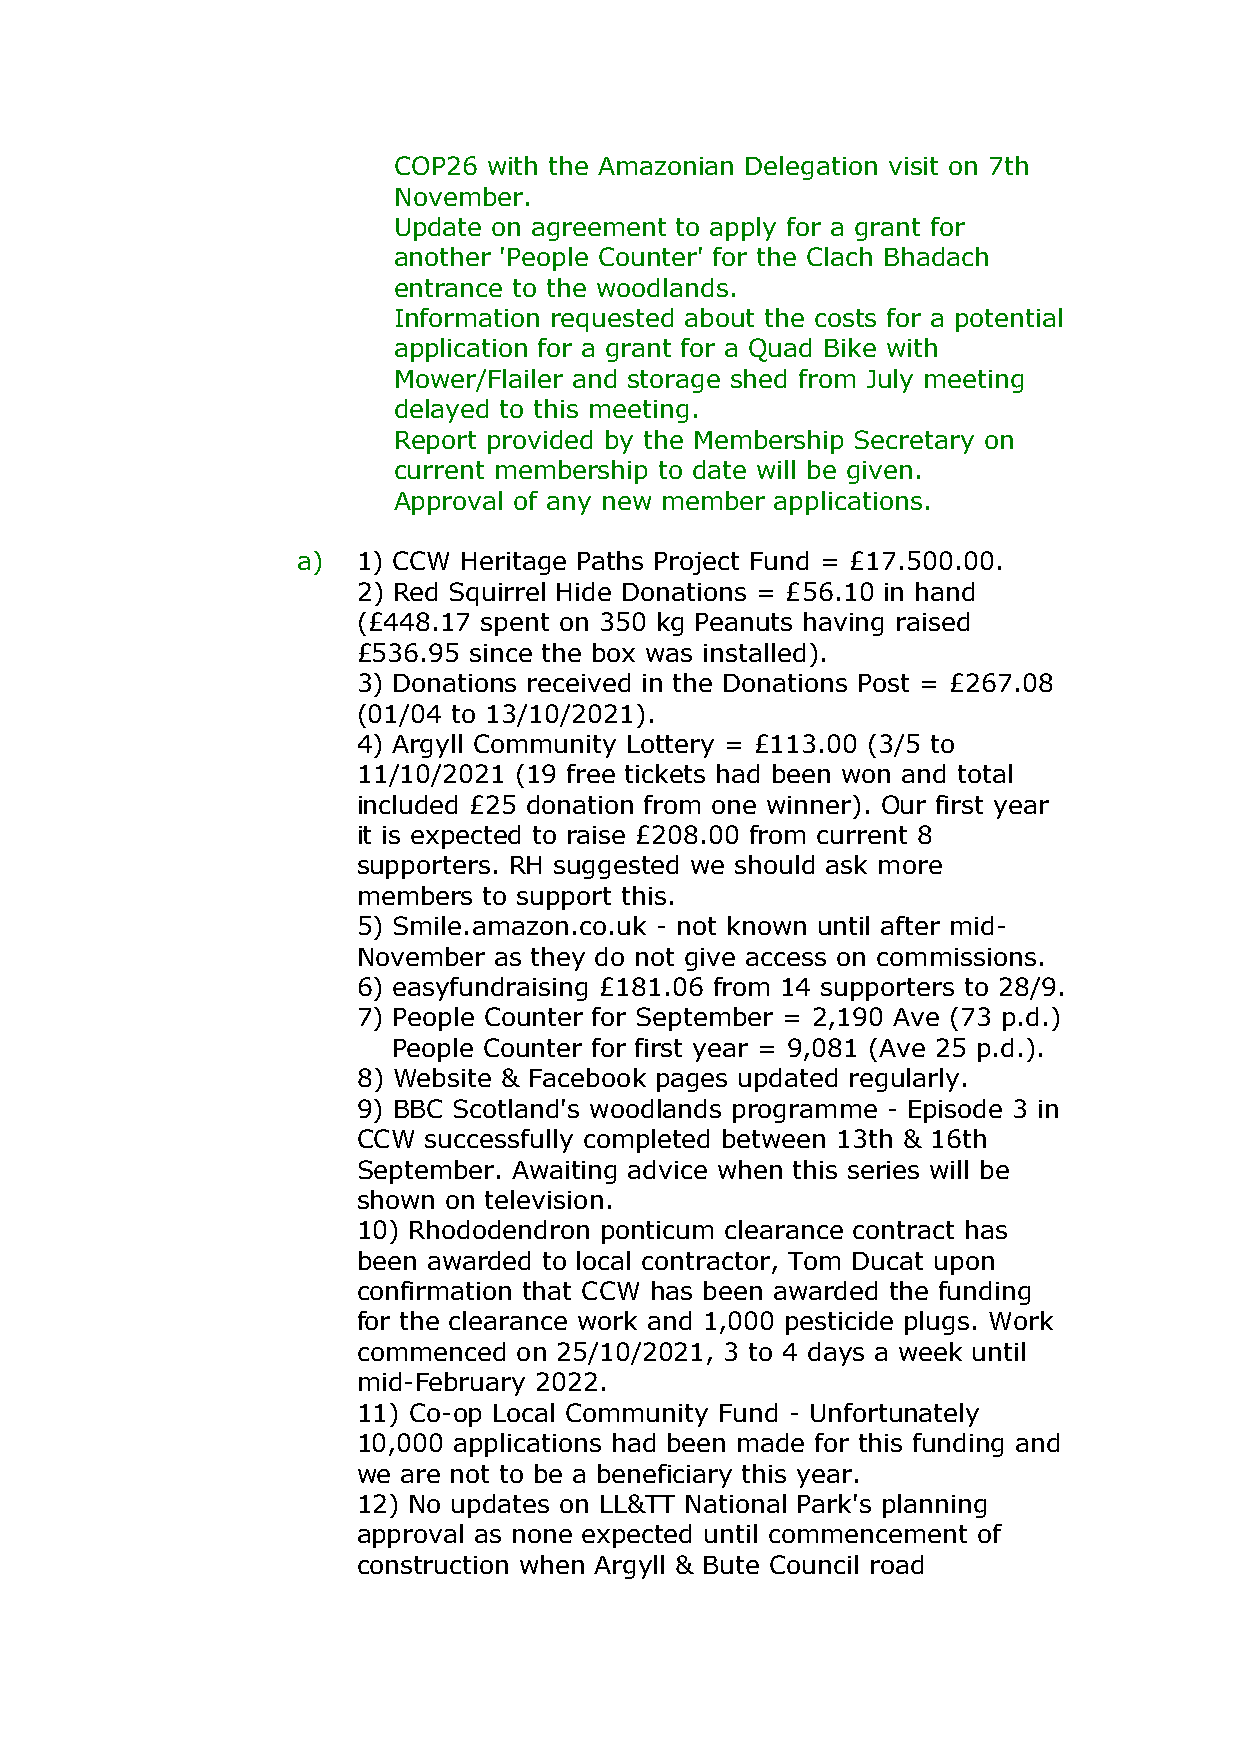
COP26 with the Amazonian Delegation visit on 7th
 November.
 Update on agreement to apply for a grant for
 another 'People Counter' for the Clach Bhadach
 entrance to the woodlands.
 Information requested about the costs for a potential
 application for a grant for a Quad Bike with
 Mower/Flailer and storage shed from July meeting
 delayed to this meeting.
 Report provided by the Membership Secretary on
 current membership to date will be given.
 Approval of any new member applications.
 a)  1) CCW Heritage Paths Project Fund = £17.500.00.
 2) Red Squirrel Hide Donations = £56.10 in hand
 (£448.17 spent on 350 kg Peanuts having raised
 £536.95 since the box was installed).
 3) Donations received in the Donations Post = £267.08
 (01/04 to 13/10/2021).
 4) Argyll Community Lottery = £113.00 (3/5 to
 11/10/2021 (19 free tickets had been won and total
 included £25 donation from one winner). Our first year
 it is expected to raise £208.00 from current 8
 supporters. RH suggested we should ask more
 members to support this.
 5) Smile.amazon.co.uk - not known until after mid-
 November as they do not give access on commissions.
 6) easyfundraising £181.06 from 14 supporters to 28/9.
 7) People Counter for September = 2,190 Ave (73 p.d.)
 People Counter for first year = 9,081 (Ave 25 p.d.).
 8) Website & Facebook pages updated regularly.
 9) BBC Scotland's woodlands programme - Episode 3 in
 CCW successfully completed between 13th & 16th
 September. Awaiting advice when this series will be
 shown on television.
 10) Rhododendron ponticum clearance contract has
 been awarded to local contractor, Tom Ducat upon
 confirmation that CCW has been awarded the funding
 for the clearance work and 1,000 pesticide plugs. Work
 commenced on 25/10/2021, 3 to 4 days a week until
 mid-February 2022.
 11) Co-op Local Community Fund - Unfortunately
 10,000 applications had been made for this funding and
 we are not to be a beneficiary this year.
 12) No updates on LL&TT National Park's planning
 approval as none expected until commencement of
 construction when Argyll & Bute Council road